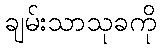
ချမ်းသာသုခကို